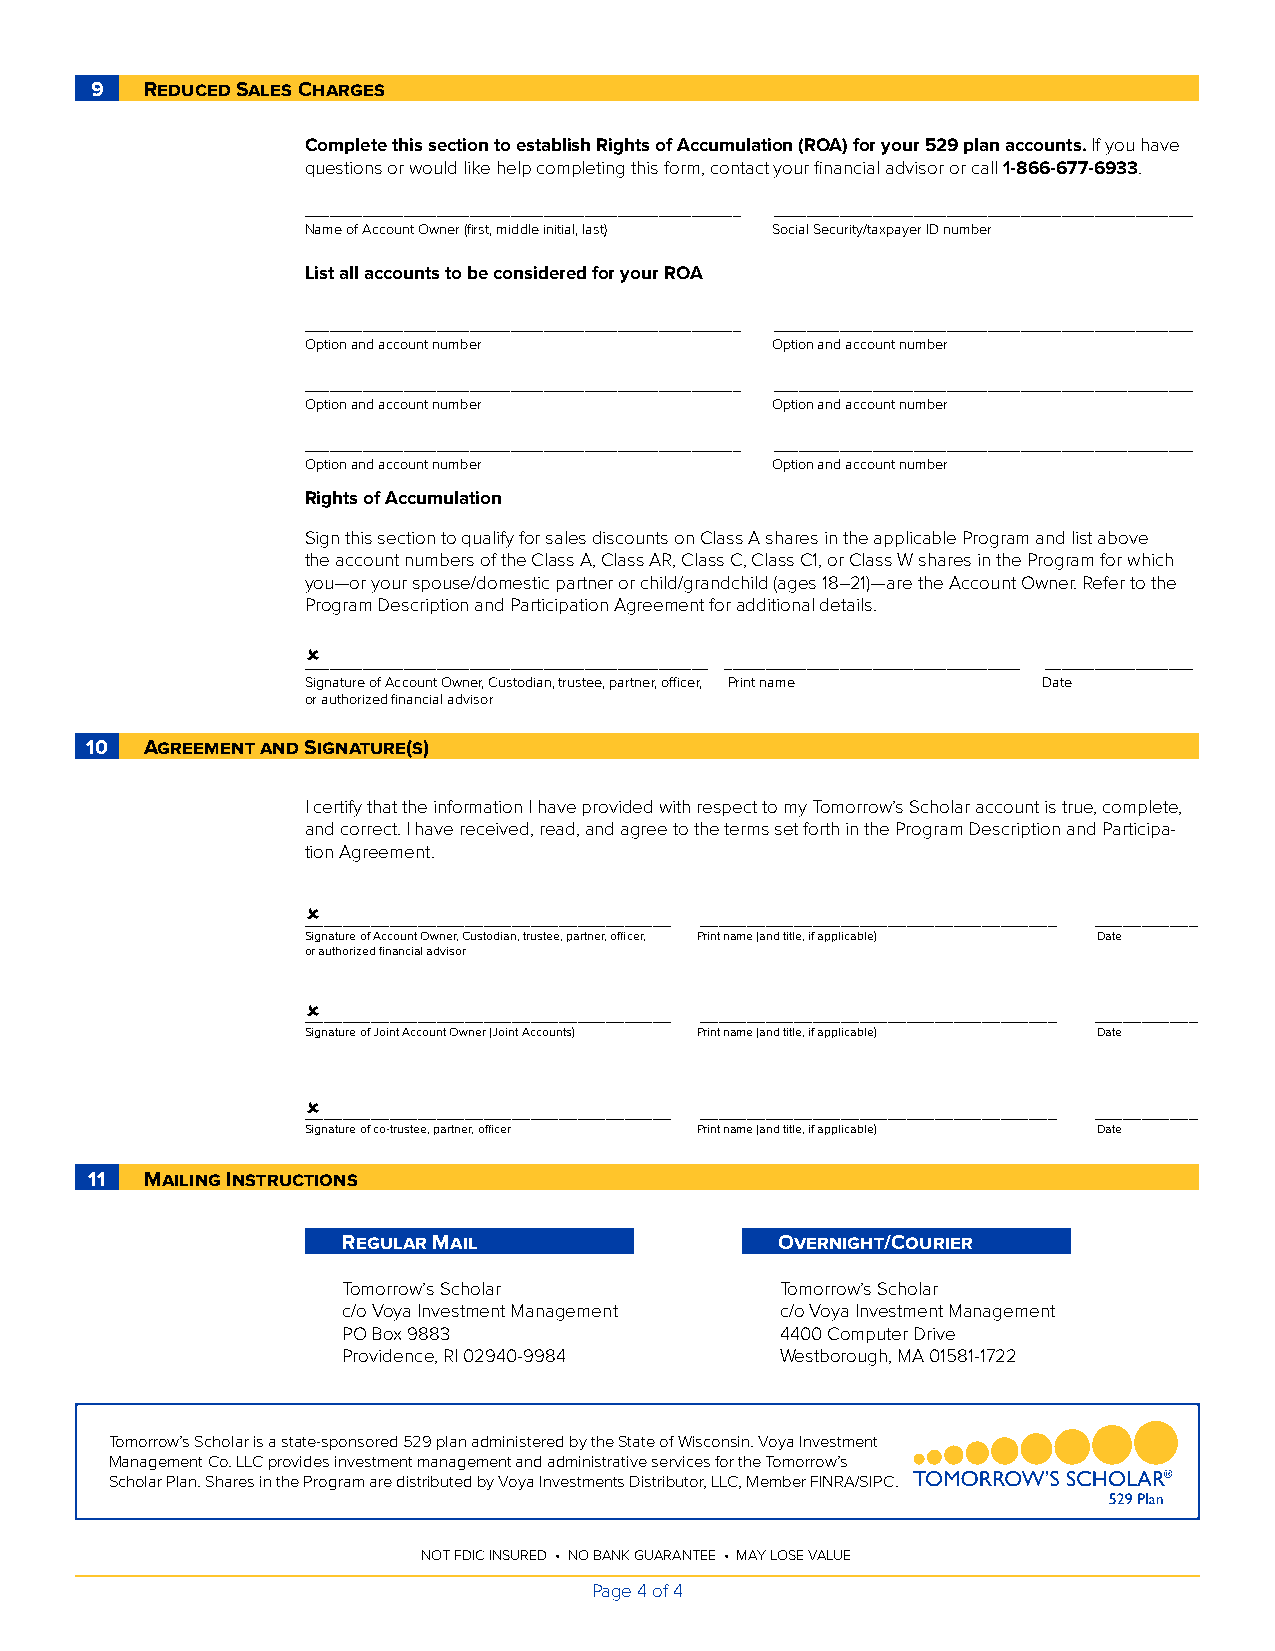
9   Reduced Sales Charges
 Complete this section to establish Rights of Accumulation (ROA) for your 529 plan accounts. If you have
 questions or would like help completing this form, contact your financial advisor or call 1-866-677-6933.
 _____________________________________________________ ___________________________________________________
 Name of Account Owner (first, middle initial, last) Social Security/taxpayer ID number
 List all accounts to be considered for your ROA
 _____________________________________________________ ___________________________________________________
 Option and account number      Option and account number
 _____________________________________________________ ___________________________________________________
 Option and account number      Option and account number
 _____________________________________________________ ___________________________________________________
 Option and account number      Option and account number
 Rights of Accumulation
 Sign this section to qualify for sales discounts on Class A shares in the applicable Program and list above
 the account numbers of the Class A, Class AR, Class C, Class C1, or Class W shares in the Program for which
 you—or your spouse/domestic partner or child/grandchild (ages 18–21)—are the Account Owner. Refer to the
 Program Description and Participation Agreement for additional details.
 
 _________________________________________________ ____________________________________ __________________
 Signature of Account Owner, Custodian, trustee, partner, officer, Print name Date
 or authorized financial advisor
 10  Agreement and Signature(s)
 I certify that the information I have provided with respect to my Tomorrow’s Scholar account is true, complete,
 and correct. I have received, read, and agree to the terms set forth in the Program Description and Participa-
 tion Agreement.
 
 _______________________________________ ______________________________________ ___________
 Signature of Account Owner, Custodian, trustee, partner, officer, Print name (and title, if applicable) Date
 or authorized financial advisor
 
 _______________________________________ ______________________________________ ___________
 Signature of Joint Account Owner (Joint Accounts) Print name (and title, if applicable) Date
 
 _______________________________________ ______________________________________ ___________
 Signature of co-trustee, partner, officer Print name (and title, if applicable) Date
 11  Mailing Instructions
 Regular Mail                 Overnight/Courier
 Tomorrow’s Scholar           Tomorrow’s Scholar
 c/o Voya Investment Management c/o Voya Investment Management
 PO Box 9883                  4400 Computer Drive
 Providence, RI 02940-9984    Westborough, MA 01581-1722
 Tomorrow’s Scholar is a state-sponsored 529 plan administered by the State of Wisconsin. Voya Investment
 Management Co. LLC provides investment management and administrative services for the Tomorrow’s
 Scholar Plan. Shares in the Program are distributed by Voya Investments Distributor, LLC, Member FINRA/SIPC.
 NOT FDIC INSURED • NO BANK GUARANTEE • MAY LOSE VALUE
 Page 4 of 4